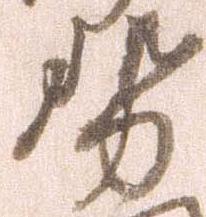
勢